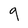
Character: 9